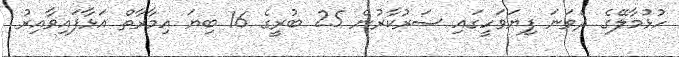
ހުޅުމާލޭގެ ދެވަނަ ފިޔަވަހީގައި ސަރުކާރުން 25 ބުރީގެ 16 ބިޔަ އިމާރާތް އަޅާފައިވާއިރު